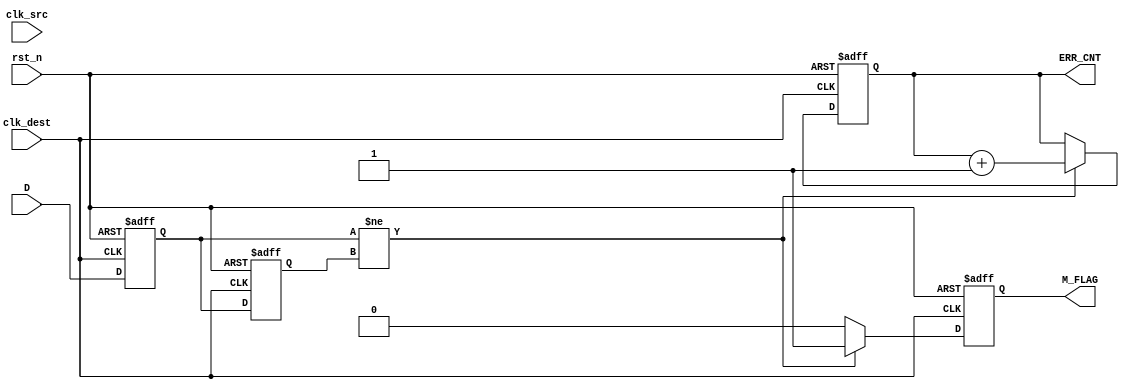
module cdc_detector (
    input wire D,                // Data signal to monitor
    input wire clk_src,          // Source clock
    input wire clk_dest,         // Destination clock
    input wire rst_n,            // Asynchronous reset (active low)
    output reg M_FLAG,           // Metastability flag
    output reg [31:0] ERR_CNT    // Error counter
);

    reg Q1, Q2;                  // Flip-flop outputs

    // Asynchronous reset and sampling in the destination clock domain
    always @(posedge clk_dest or negedge rst_n) begin
        if (!rst_n) begin
            Q1 <= 1'b0;
            Q2 <= 1'b0;
            M_FLAG <= 1'b0;
            ERR_CNT <= 32'b0;
        end else begin
            Q1 <= D;              // Sample data signal
            Q2 <= Q1;             // Sample output of FF1
            // Check for metastability condition
            if (Q1 != Q2) begin
                M_FLAG <= 1'b1;   // Set metastability flag
                ERR_CNT <= ERR_CNT + 1; // Increment error counter
            end else begin
                M_FLAG <= 1'b0;   // Clear metastability flag
            end
        end
    end

endmodule